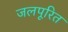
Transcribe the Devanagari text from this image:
जलपूरित